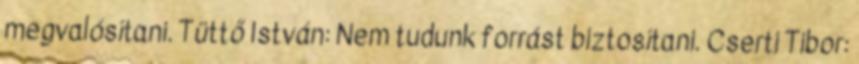
megvalósítani. Tüttő István: Nem tudunk forrást biztosítani. Cserti Tibor: